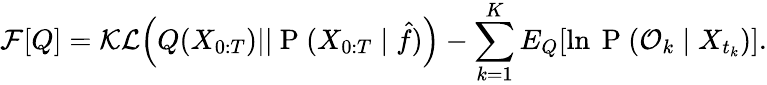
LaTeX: \mathcal{F}[Q]=\mathcal{KL}\Big(Q(X_{0:T})||\mathrm{~P~}(X_{0:T}\mid\hat{f})\Big)-\sum_{k=1}^{K}{E}_{Q}[\ln\mathrm{~P~}(\mathcal{O}_{k}\mid X_{t_{k}})].